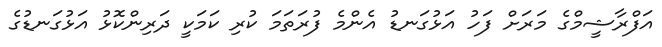
އަފްރާޝީމްގެ މަރަށް ފަހު އަޅުގަނޑު އެންމެ ފުރަތަމަ ކުރި ކަމަކީ ދަރިންކޮޅު އަޅުގަނޑުގެ